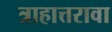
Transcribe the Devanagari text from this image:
त्राहात्तरावा